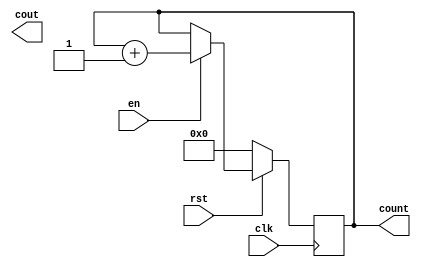
//***************************************************************************//
//***************************************************************************//
//***************************************************************************//
//**************                                          *******************//
//**************                                          *******************//
//**************      (c) SASIC Technologies Pvt Ltd      *******************//
//**************          (c) Verilogic Solutions         *******************//
//**************                                          *******************//
//**************                                          *******************//
//**************                                          *******************//
//**************           www.sasictek.com               *******************//
//**************          www.verilog-ic.com              *******************//
//**************                                          *******************//
//**************           Twitter:@sasictek              *******************//
//**************                                          *******************//
//**************                                          *******************//
//**************                                          *******************//
//***************************************************************************//
//***************************************************************************//


//              File Type: Verilog                                 

                             
//***************************************************************************//
//***************************************************************************//
                             

//              Author:
//              Reviewer:
//              Manager:
                             

//***************************************************************************//
//***************************************************************************//
//
module counter #(parameter O_WIDTH=8)
								(input rst,
								 input clk,
								 input en,
								 output reg cout,
						 	 	 output [O_WIDTH-1:0]count);
	
	reg [O_WIDTH-1:0]tem_count;
	assign count = tem_count;							
  always@(posedge clk)
	begin:alw_blk						//counter
		if(!rst) begin//not_reset input
			tem_count<=1'b0;
		end						//end not_reset
		else 
			begin:else_blk
				case(en)		//enable_case{
					1'b1:
						begin:en1_blk
							tem_count<=tem_count+1'b1;
						end
					default:
						begin:en_unknown
							tem_count<=tem_count;
						end	//en_unknown
				endcase	//enable_case}
			end	//else_blk
		end	//alw_blk
 endmodule